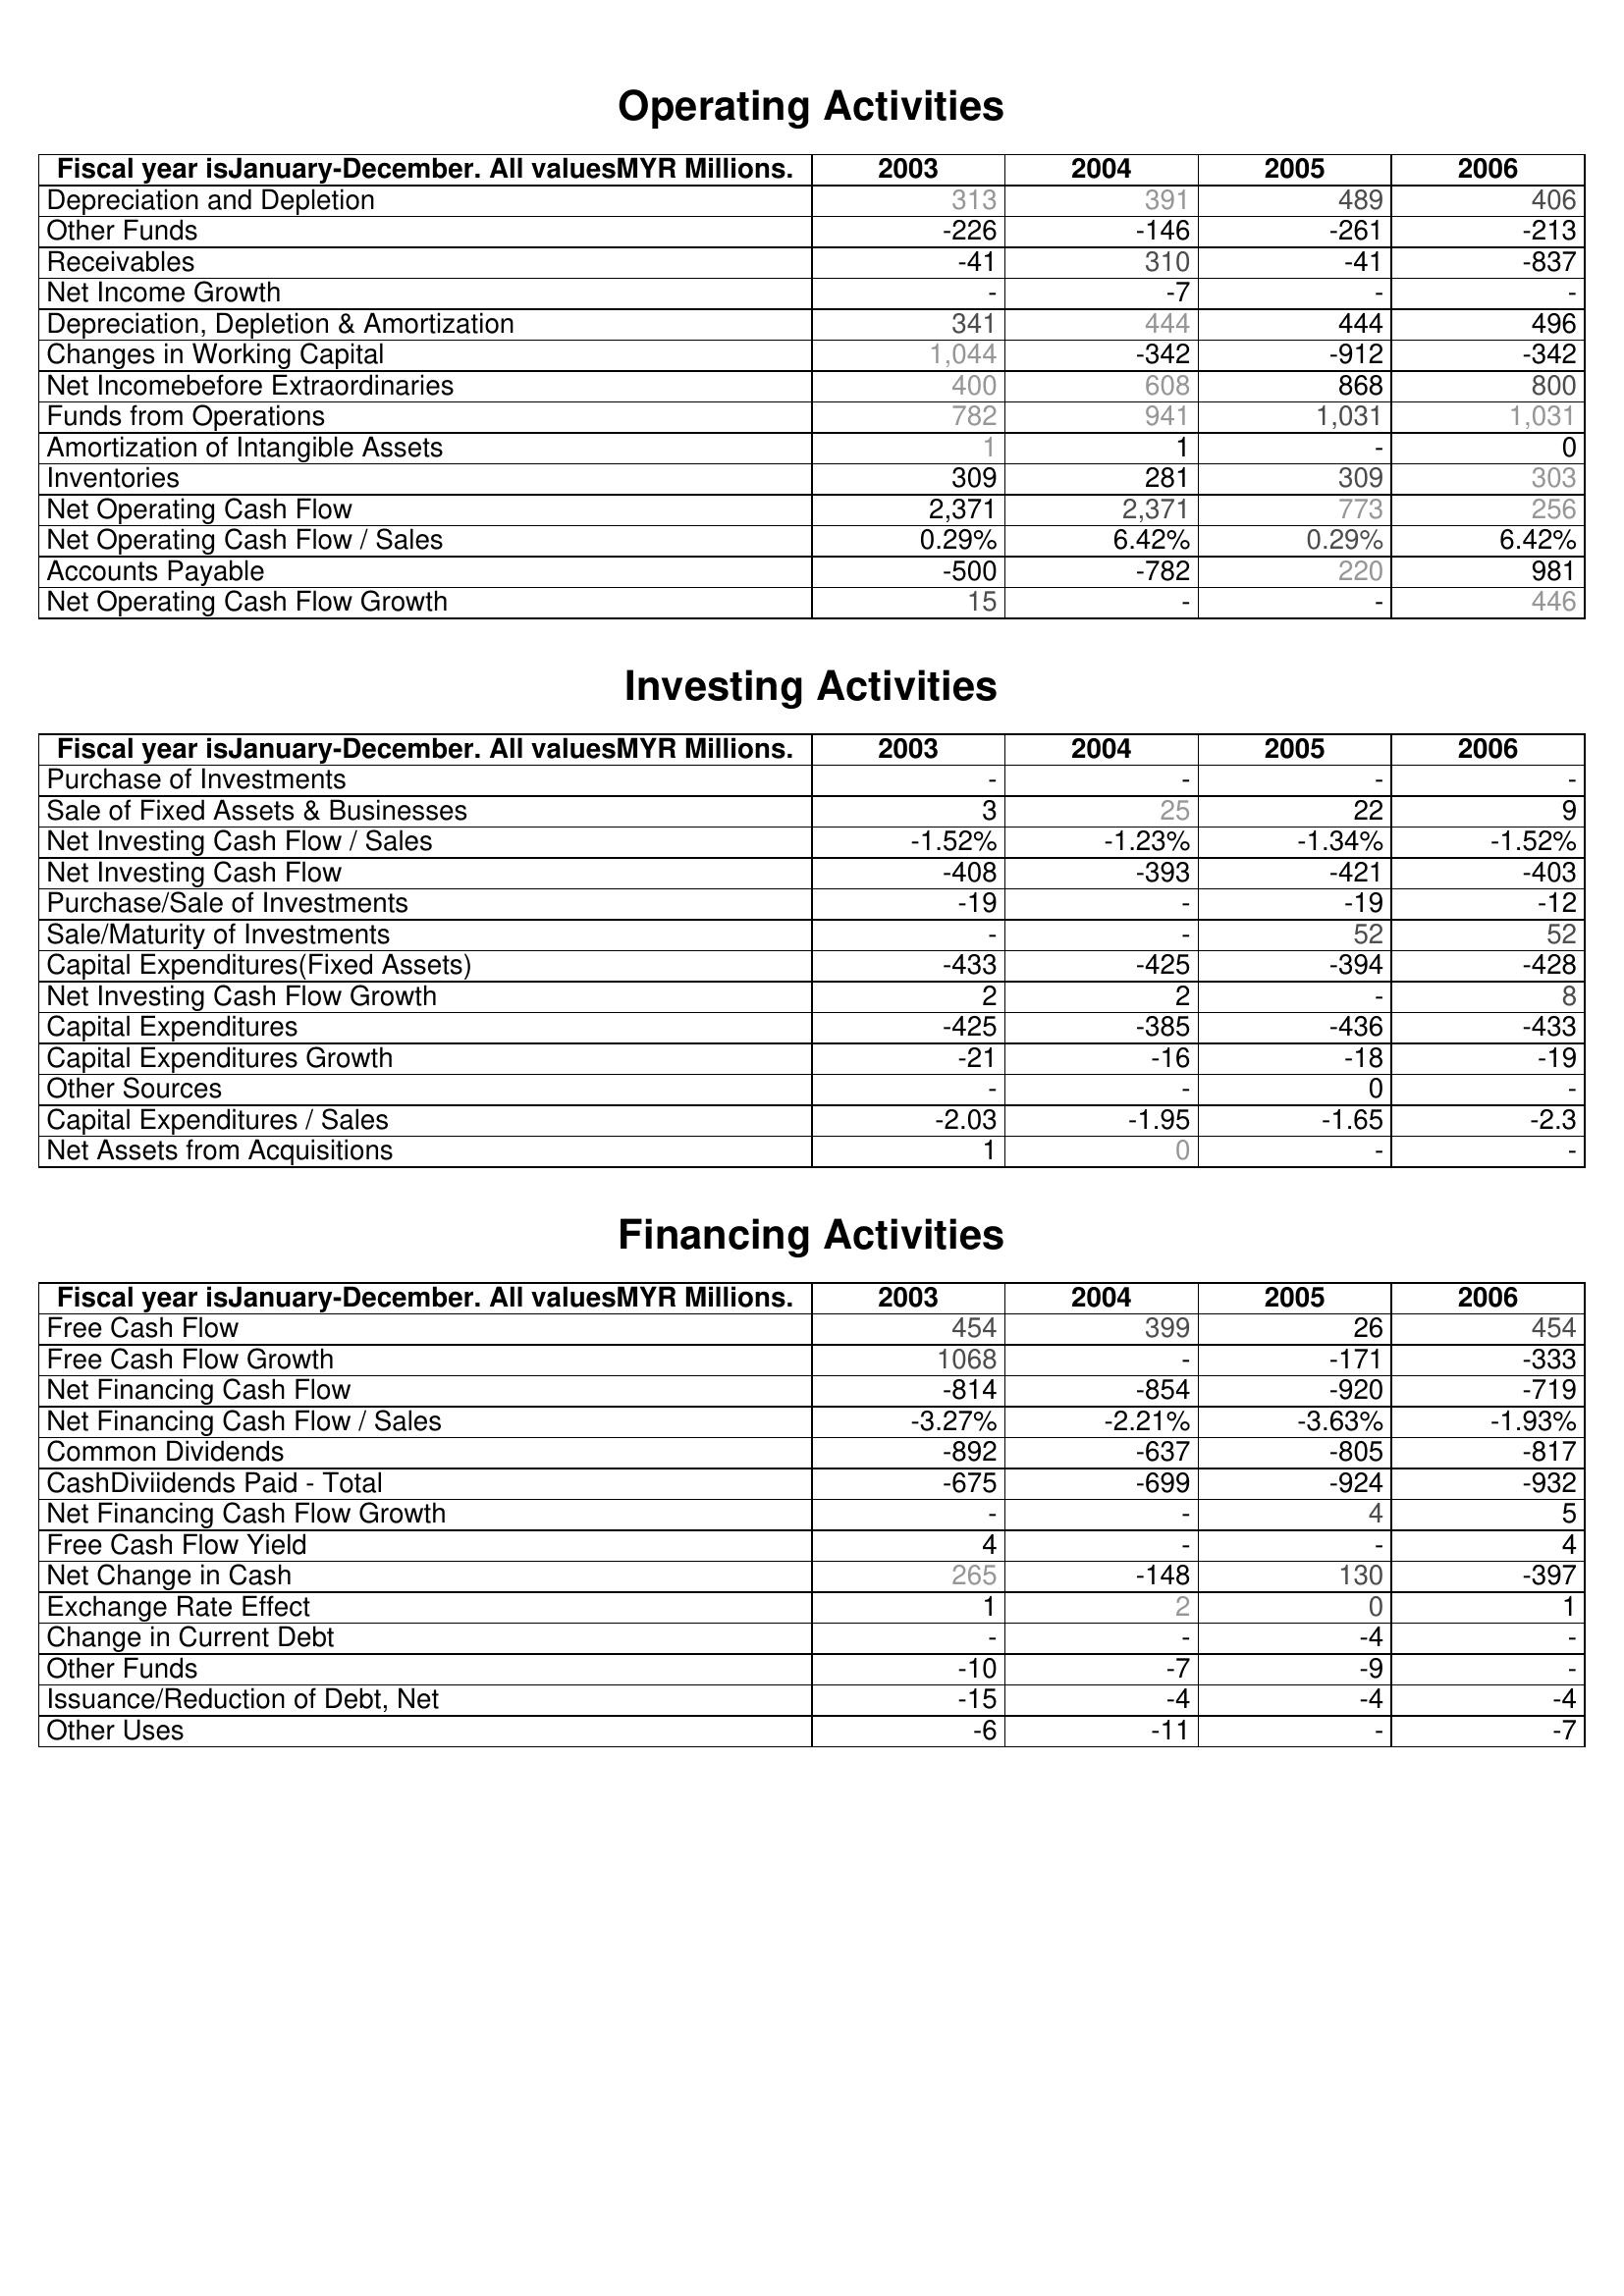
2003: Operating Activities: Depreciation and Depletion: 313
Other Funds: -226
Receivables: -41
Net Income Growth: -
Depreciation, Depletion & Amortization: 341
Changes in Working Capital: 1,044
Net Incomebefore Extraordinaries: 400
Funds from Operations: 782
Amortization of Intangible Assets: 1
Inventories: 309
Net Operating Cash Flow: 2,371
Net Operating Cash Flow / Sales: 0.29%
Accounts Payable: -500
Net Operating Cash Flow Growth: 15
Investing Activities: Purchase of Investments: -
Sale of Fixed Assets & Businesses: 3
Net Investing Cash Flow / Sales: -1.52%
Net Investing Cash Flow: -408
Purchase/Sale of Investments: -19
Sale/Maturity of Investments: -
Capital Expenditures(Fixed Assets): -433
Net Investing Cash Flow Growth: 2
Capital Expenditures: -425
Capital Expenditures Growth: -21
Other Sources: -
Capital Expenditures / Sales: -2.03
Net Assets from Acquisitions: 1
Financing Activities: Free Cash Flow: 454
Free Cash Flow Growth: 1068
Net Financing Cash Flow: -814
Net Financing Cash Flow / Sales: -3.27%
Common Dividends: -892
CashDiviidends Paid - Total: -675
Net Financing Cash Flow Growth: -
Free Cash Flow Yield: 4
Net Change in Cash: 265
Exchange Rate Effect: 1
Change in Current Debt: -
Other Funds: -10
Issuance/Reduction of Debt, Net: -15
Other Uses: -6
2004: Operating Activities: Depreciation and Depletion: 391
Other Funds: -146
Receivables: 310
Net Income Growth: -7
Depreciation, Depletion & Amortization: 444
Changes in Working Capital: -342
Net Incomebefore Extraordinaries: 608
Funds from Operations: 941
Amortization of Intangible Assets: 1
Inventories: 281
Net Operating Cash Flow: 2,371
Net Operating Cash Flow / Sales: 6.42%
Accounts Payable: -782
Net Operating Cash Flow Growth: -
Investing Activities: Purchase of Investments: -
Sale of Fixed Assets & Businesses: 25
Net Investing Cash Flow / Sales: -1.23%
Net Investing Cash Flow: -393
Purchase/Sale of Investments: -
Sale/Maturity of Investments: -
Capital Expenditures(Fixed Assets): -425
Net Investing Cash Flow Growth: 2
Capital Expenditures: -385
Capital Expenditures Growth: -16
Other Sources: -
Capital Expenditures / Sales: -1.95
Net Assets from Acquisitions: 0
Financing Activities: Free Cash Flow: 399
Free Cash Flow Growth: -
Net Financing Cash Flow: -854
Net Financing Cash Flow / Sales: -2.21%
Common Dividends: -637
CashDiviidends Paid - Total: -699
Net Financing Cash Flow Growth: -
Free Cash Flow Yield: -
Net Change in Cash: -148
Exchange Rate Effect: 2
Change in Current Debt: -
Other Funds: -7
Issuance/Reduction of Debt, Net: -4
Other Uses: -11
2005: Operating Activities: Depreciation and Depletion: 489
Other Funds: -261
Receivables: -41
Net Income Growth: -
Depreciation, Depletion & Amortization: 444
Changes in Working Capital: -912
Net Incomebefore Extraordinaries: 868
Funds from Operations: 1,031
Amortization of Intangible Assets: -
Inventories: 309
Net Operating Cash Flow: 773
Net Operating Cash Flow / Sales: 0.29%
Accounts Payable: 220
Net Operating Cash Flow Growth: -
Investing Activities: Purchase of Investments: -
Sale of Fixed Assets & Businesses: 22
Net Investing Cash Flow / Sales: -1.34%
Net Investing Cash Flow: -421
Purchase/Sale of Investments: -19
Sale/Maturity of Investments: 52
Capital Expenditures(Fixed Assets): -394
Net Investing Cash Flow Growth: -
Capital Expenditures: -436
Capital Expenditures Growth: -18
Other Sources: 0
Capital Expenditures / Sales: -1.65
Net Assets from Acquisitions: -
Financing Activities: Free Cash Flow: 26
Free Cash Flow Growth: -171
Net Financing Cash Flow: -920
Net Financing Cash Flow / Sales: -3.63%
Common Dividends: -805
CashDiviidends Paid - Total: -924
Net Financing Cash Flow Growth: 4
Free Cash Flow Yield: -
Net Change in Cash: 130
Exchange Rate Effect: 0
Change in Current Debt: -4
Other Funds: -9
Issuance/Reduction of Debt, Net: -4
Other Uses: -
2006: Operating Activities: Depreciation and Depletion: 406
Other Funds: -213
Receivables: -837
Net Income Growth: -
Depreciation, Depletion & Amortization: 496
Changes in Working Capital: -342
Net Incomebefore Extraordinaries: 800
Funds from Operations: 1,031
Amortization of Intangible Assets: 0
Inventories: 303
Net Operating Cash Flow: 256
Net Operating Cash Flow / Sales: 6.42%
Accounts Payable: 981
Net Operating Cash Flow Growth: 446
Investing Activities: Purchase of Investments: -
Sale of Fixed Assets & Businesses: 9
Net Investing Cash Flow / Sales: -1.52%
Net Investing Cash Flow: -403
Purchase/Sale of Investments: -12
Sale/Maturity of Investments: 52
Capital Expenditures(Fixed Assets): -428
Net Investing Cash Flow Growth: 8
Capital Expenditures: -433
Capital Expenditures Growth: -19
Other Sources: -
Capital Expenditures / Sales: -2.3
Net Assets from Acquisitions: -
Financing Activities: Free Cash Flow: 454
Free Cash Flow Growth: -333
Net Financing Cash Flow: -719
Net Financing Cash Flow / Sales: -1.93%
Common Dividends: -817
CashDiviidends Paid - Total: -932
Net Financing Cash Flow Growth: 5
Free Cash Flow Yield: 4
Net Change in Cash: -397
Exchange Rate Effect: 1
Change in Current Debt: -
Other Funds: -
Issuance/Reduction of Debt, Net: -4
Other Uses: -7